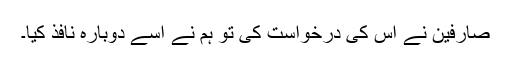
صارفین نے اس کی درخواست کی تو ہم نے اسے دوبارہ نافذ کیا۔